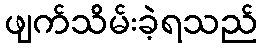
ဖျက်သိမ်းခဲ့ရသည်